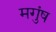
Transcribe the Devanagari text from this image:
मगुंष